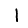
Digit: 1